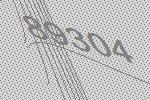
89304